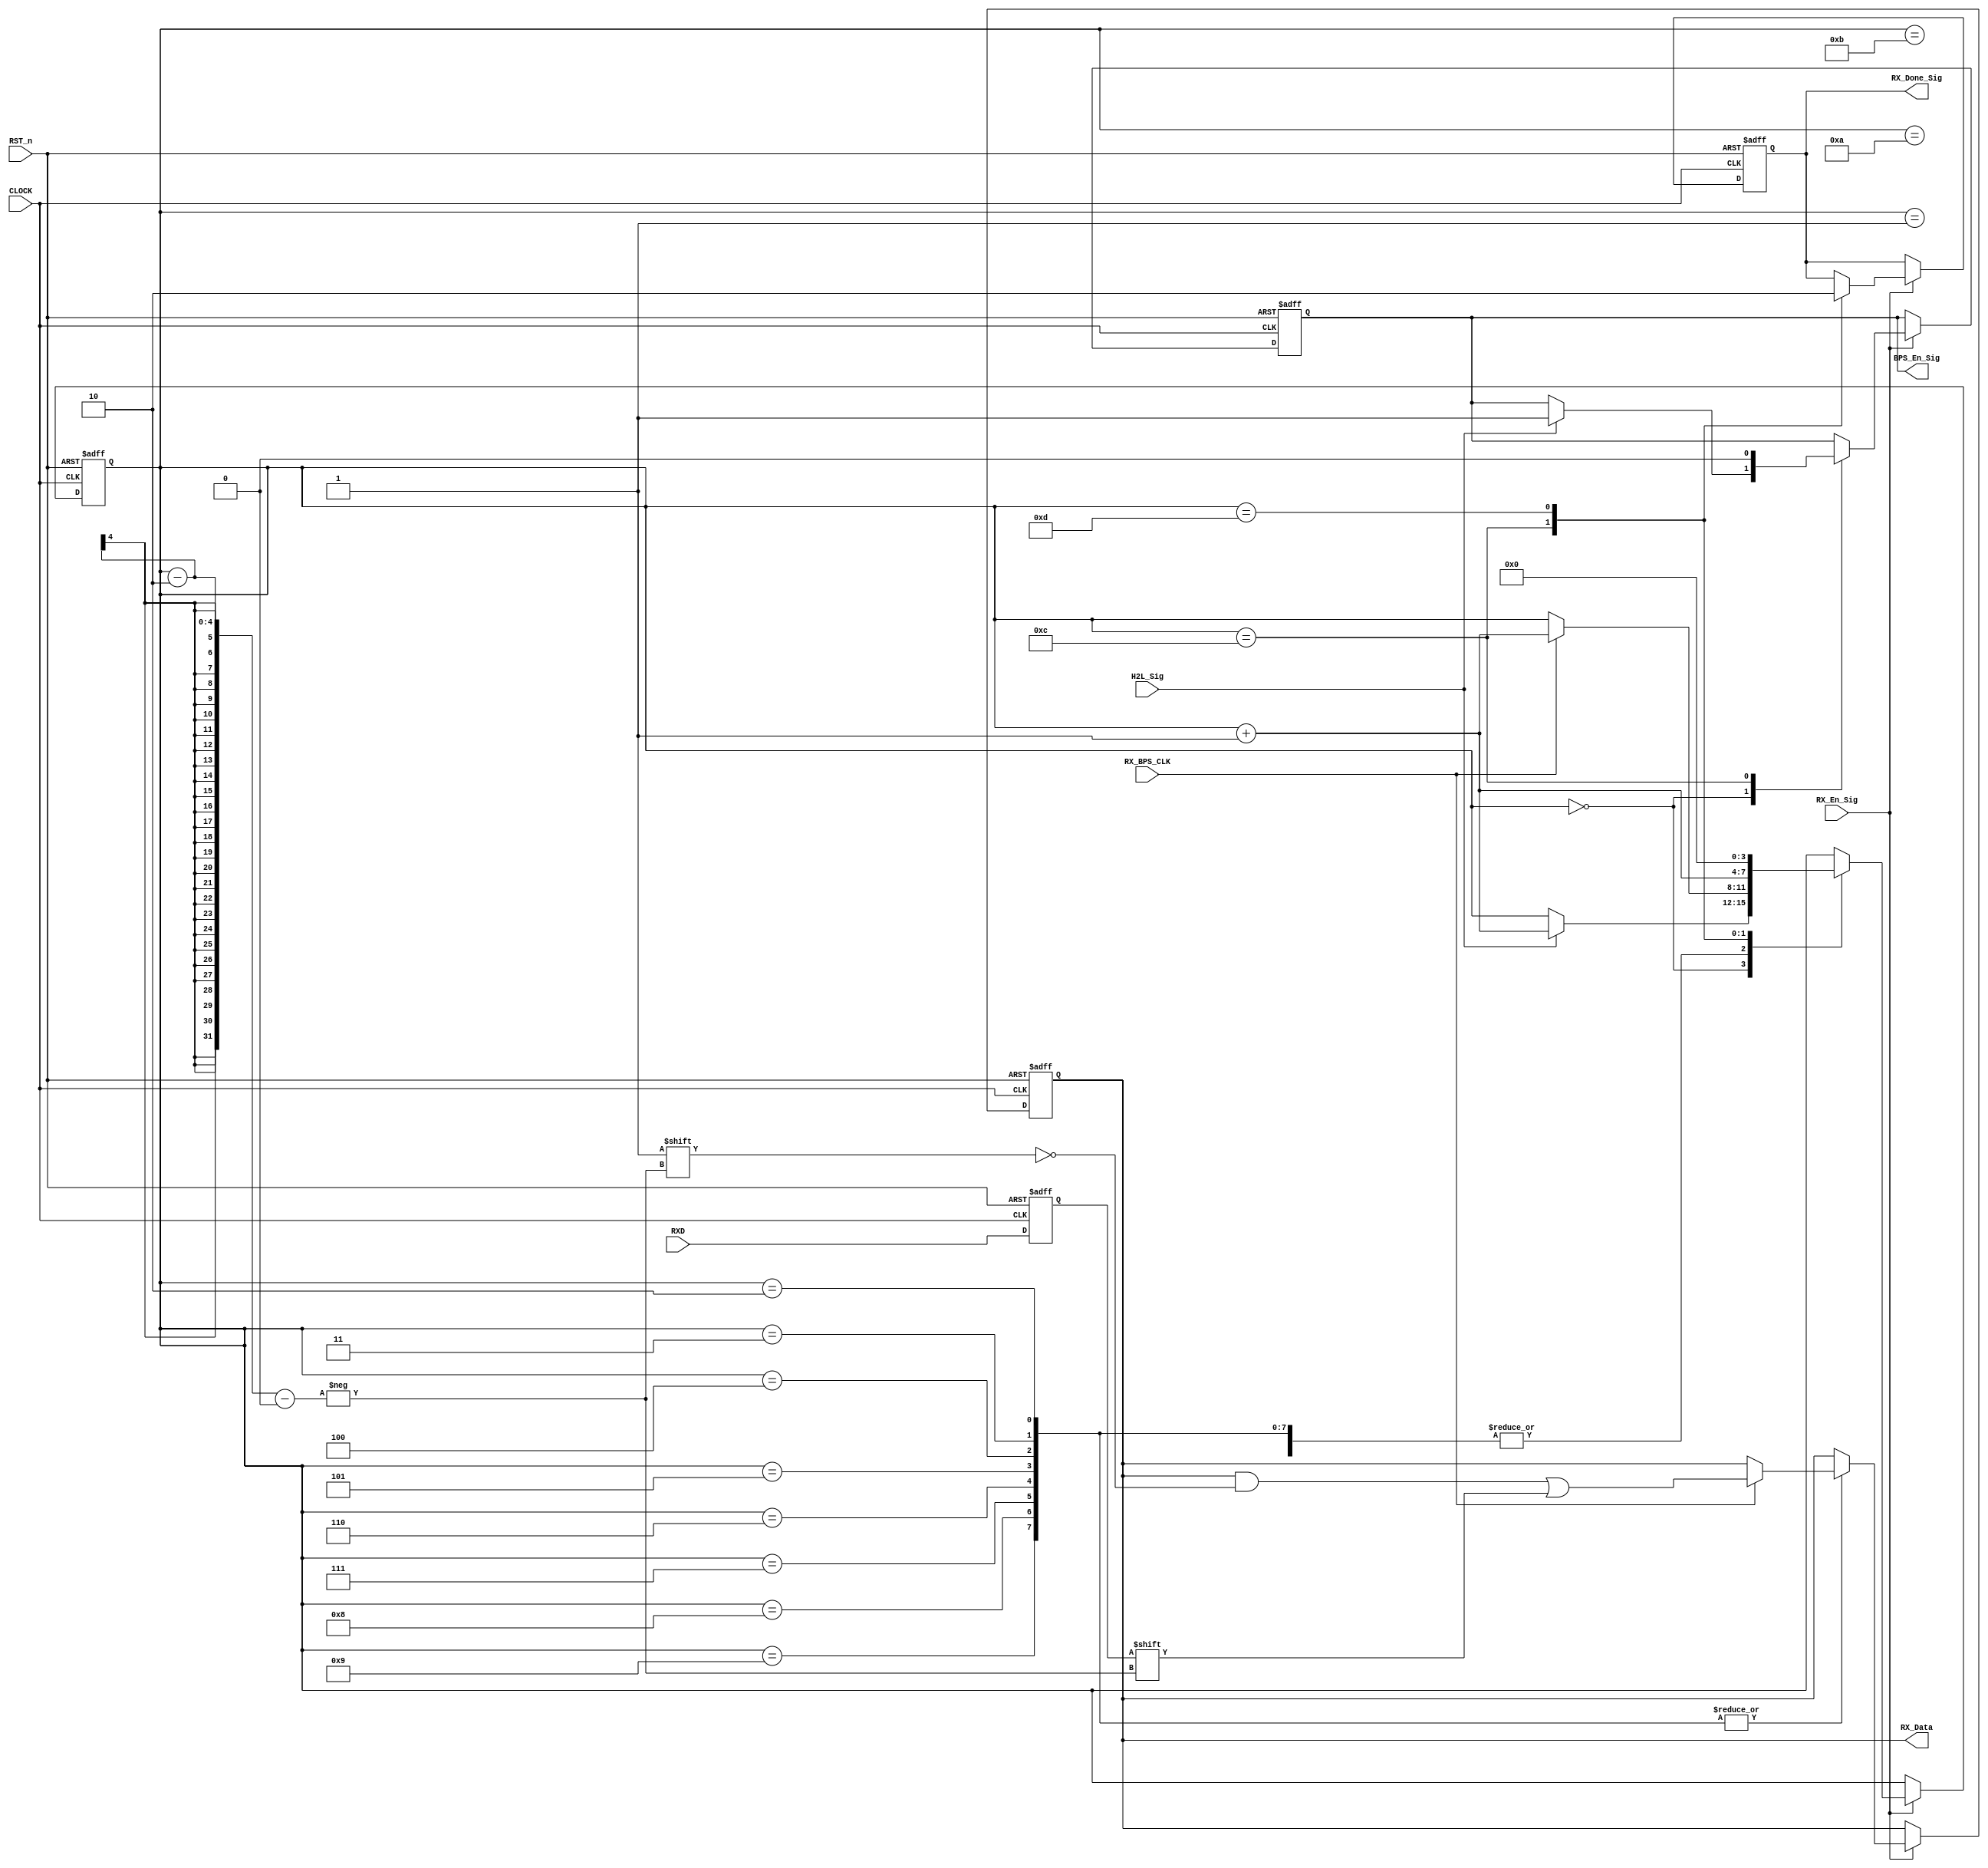
//***************************************//
//# @Author: 
//# @Date:   2019-04-06 22:44:48
//# @Last Modified by:   zlk
//# @Last Modified time: 2019-05-12 20:00:27
//****************************************//
module rx_control_module
(
    CLOCK, RST_n,
	 H2L_Sig, 
	 RXD, 
	 RX_BPS_CLK, 
	 RX_En_Sig,
    BPS_En_Sig, 
	 RX_Data, 
	 RX_Done_Sig
	 
);

    input CLOCK;
	input RST_n;
	 
	input H2L_Sig;
	input RX_En_Sig;
	input RXD;
	input RX_BPS_CLK;
	 
	output BPS_En_Sig;
	output [7:0]RX_Data;
	output RX_Done_Sig;
	 
	 
	 /********************************************************/
    //sync the rxd data: rxd_sync
    reg	rxd_sync;				
    always@(posedge CLOCK or negedge RST_n)
    begin
	if(!RST_n)
		rxd_sync <= 1;
	else
		rxd_sync <= RXD;
    end


	 /********************************************************/

	 reg [3:0]i;
	 reg [7:0]rData;
	 reg isCount;
	 reg isDone;
	
	 always @ ( posedge CLOCK or negedge RST_n )
	     if( !RST_n )
		      begin 
		          i <= 4'd0;
					 rData <= 8'd0;
					 isCount <= 1'b0;
					 isDone <= 1'b0;	 
				end
		  else if( RX_En_Sig )
		      case ( i )
				
			       4'd0 :
					 if( H2L_Sig ) begin i <= i + 1'b1; isCount <= 1'b1; end
					 
					 4'd1 : 
					 if( RX_BPS_CLK ) begin i <= i + 1'b1; end
					 
					 4'd2, 4'd3, 4'd4, 4'd5, 4'd6, 4'd7, 4'd8, 4'd9 :
					 if( RX_BPS_CLK ) begin i <= i + 1'b1; rData[ i - 2 ] <= rxd_sync; end
					 
					 4'd10 :
					 if( RX_BPS_CLK ) begin i <= i + 1'b1; end
					 
					 4'd11 :
					 if( RX_BPS_CLK ) begin i <= i + 1'b1; end
					 
					 4'd12 :
					 begin i <= i + 1'b1; isDone <= 1'b1; isCount <= 1'b0; end
					 
					 4'd13 :
					 begin i <= 4'd0; isDone <= 1'b0; end
				 
				endcase
				
    /********************************************************/
	 
	 assign BPS_En_Sig = isCount;
	 assign RX_Data = rData;
	 assign RX_Done_Sig = isDone;
	 
	 
	 /*********************************************************/
	 
endmodule